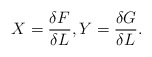
\begin{align*}X=\frac{\delta F}{\delta L},Y=\frac{\delta G}{\delta L}.\end{align*}